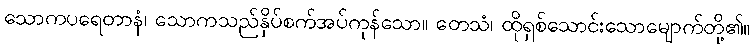
သောကပရေတာနံ၊ သောကသည်နှိပ်စက်အပ်ကုန်သော။ တေသံ၊ ထိုရှစ်သောင်းသောမျောက်တို့၏။